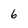
Character: 6